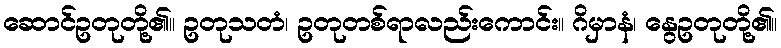
ဆောင်ဥတုတို့၏။ ဥတုသတံ၊ ဥတုတစ်ရာလည်းကောင်း။ ဂိမှာနံ၊ နွေဥတုတို့၏။